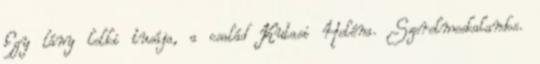
Egy lány lelki tusája, a család Kutasi Heléna. Szerelmeskalandos.